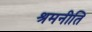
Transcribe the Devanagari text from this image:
श्रमनीति